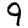
Digit: 9